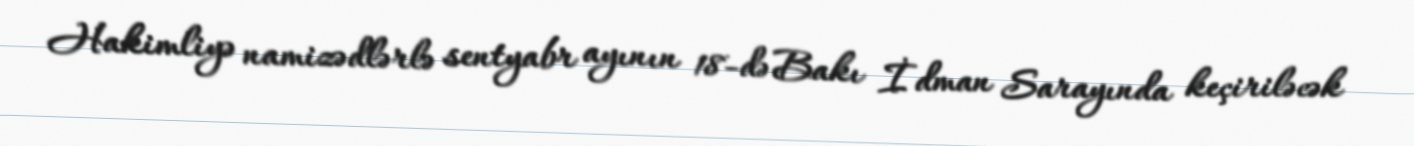
Hakimliyə namizədlərlə sentyabr ayının 18-də Bakı İdman Sarayında keçiriləcək